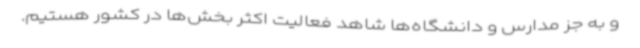
و به جز مدارس و دانشگاه‌ها شاهد فعالیت اکثر بخش‌ها در کشور هستیم.